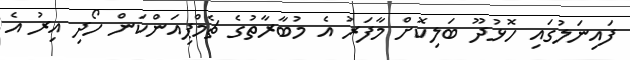
ފައިނަލުގައި ހޮޅުދޫ ބަލިކޮށް މާފަރު އެ މުބާރާތުގެ ޗެމްޕިއަންކަން ހޯދި އިރު އެ